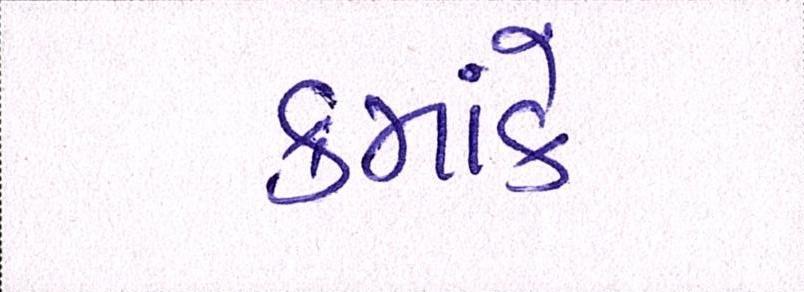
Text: ક્રમાંકે